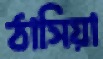
ঠাসিয়া